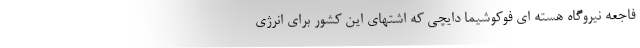
فاجعه نیروگاه هسته ای فوکوشیما دایچی که اشتهای این کشور برای انرژی